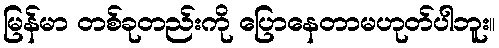
မြန်မာ တစ်ခုတည်းကို ပြောနေတာမဟုတ်ပါဘူး။